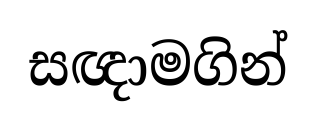
සඥාමගින්